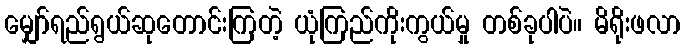
မျှော်ရည်ရွယ်ဆုတောင်းကြတဲ့ ယုံကြည်ကိုးကွယ်မှု တစ်ခုပါပဲ။ မိရိုးဖလာ